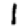
Digit: 1